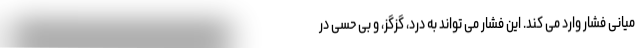
میانی فشار وارد می کند. این فشار می تواند به درد، گزگز، و بی حسی در